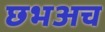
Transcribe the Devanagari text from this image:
छभअच